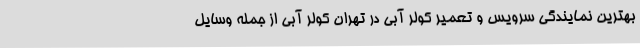
بهترین نمایندگی سرویس و تعمیر کولر آبی در تهران کولر آبی از جمله وسایل